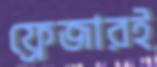
ফ্রেজারই